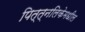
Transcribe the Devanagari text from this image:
पित्त्नलिकेमधील